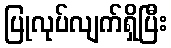
ပြုလုပ်လျက်ရှိပြီး